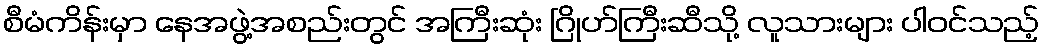
စီမံကိန်းမှာ နေအဖွဲ့အစည်းတွင် အကြီးဆုံး ဂြိုဟ်ကြီးဆီသို့ လူသားများ ပါဝင်သည့်